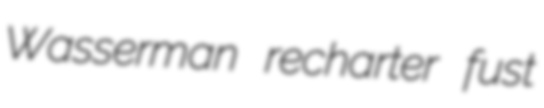
Wasserman recharter fust